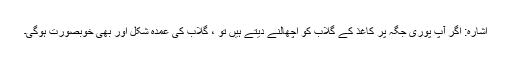
اشارہ: اگر آپ پوری جگہ پر کاغذ کے گلاب کو اچھالنے دیتے ہیں تو ، گلاب کی عمدہ شکل اور بھی خوبصورت ہوگی۔